Lunatic asylums Madras 1877-1891 - 1877-1891
Year: 1877
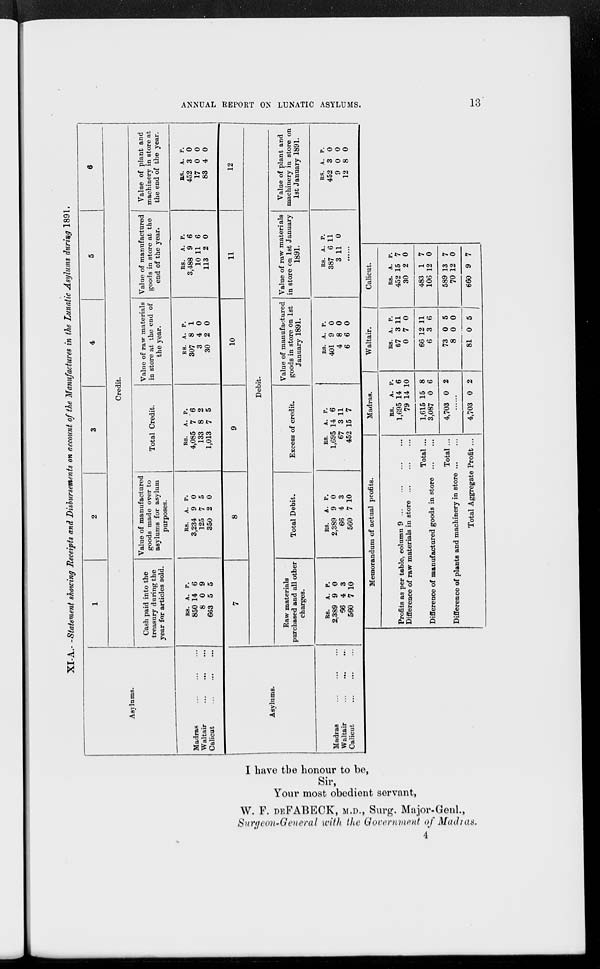
ANNUAL REPORT ON LUNATIC ASYLUMS. 13
XI-A.—Statement showing Receipts and Disbursements on account of the Manufactures in the Lunatic Asylums during 1891.
Asylums.
Madras
...
...
...
Waltair ... ... ...
Calicut
...
...
...
Asylums.
Madras
...
...
...
Waltair
...
...
...
Calicut
...
...
...
1
2
3
4
5
6
Credit.
Cash paid into the
treasury during the
year for articles sold.
RS.
850
8
663
A.
14
0
5
P.
6
9
5
7
Value of manufactured
goods made over to
asylums for asylum
purposes.
RS.
3,234
125
350
A.
9
7
2
P.
0
5
0
8
Total Credit.
RS.
4,085
133
1,013
A.
7
8
7
P.
6
2
5
9
Value of raw materials
in store at the end of
the year.
RS.
307
3
30
A.
8
4
2
P.
1
0
0
10
Value of manufactured
goods in store at the
end of the year.
RS.
3,488
10
113
A.
9
11
2
P.
6
6
0
11
Value of plant and
machinery in store at
the end of the year.
RS.
452
17
83
A.
3
0
4
P.
0
0
0
12
Debit.
Raw materials
purchased and all other
charges.
RS.
2,389
66
560
A.
9
4
7
P.
0
3
10
Total Debit.
RS.
2,389
66
560
A.
9
4
7
P.
0
3
10
Excess of credit.
RS.
1,695
67
452
A.
14
3
15
P.
6
11
7
Value of manufactured
goods in store on 1st
January 1891.
RS.
401
4
6
A.
9
8
6
P.
0
0
0
Value of raw materials
in store on 1st January
1891.
RS.
387
3
A.
6
11
P.
11
0
......
Value of plant and
machinery in store on
1st January 1891.
RS.
452
9
12
A.
3
0
8
P.
0
0
0
Memorandum of actual profits.
Profits as per table, column 9 ...
...
...
...
Difference of raw materials in store
...
...
...
Total ...
Difference of manufactured goods in store
...
Total ...
Difference of plants and machinery in store ... ...
Total Aggregate Profit ...
Madras.
RS.
1,695
79
1,615
3,087
4,703
A.
14
14
15
0
0
P.
6
10
8
6
2
......
4,703 0 2
Waltair.
RS.
67
0
66
6
73
8
81
A.
3
7
12
3
0
0
0
P.
11
0
11
6
5
0
5
Calicut.
RS.
452
30
483
106
589
70
660
A.
15
2
1
12
13
12
9
P.
7
0
7
0
7
0
7
I have the honour to be,
Sir,
Your most obedient servant,
W. F. DEFABECK, M.D., Surg. Major-Genl.,
Surgeon-General with the Government of Madras.
4